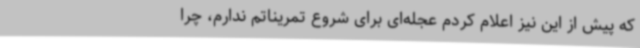
که پیش از این نیز اعلام کردم عجله‌ای برای شروع تمریناتم ندارم، چرا